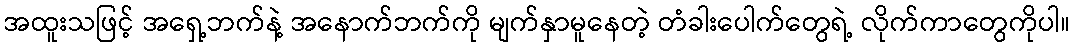
အထူးသဖြင့် အရှေ့ဘက်နဲ့ အနောက်ဘက်ကို မျက်နှာမူနေတဲ့ တံခါးပေါက်တွေရဲ့ လိုက်ကာတွေကိုပါ။